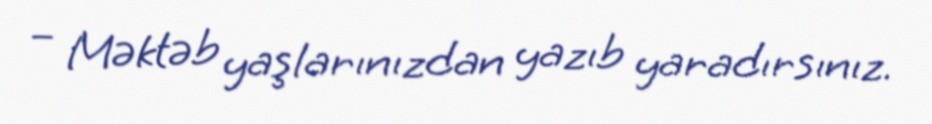
– Məktəb yaşlarınızdan yazıb yaradırsınız.